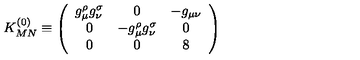
K _ { M N } ^ { ( 0 ) } \equiv \left( \begin{array} { c c c } { g _ { \mu } ^ { \rho } g _ { \nu } ^ { \sigma } } & { 0 } & { - g _ { \mu \nu } } \\ { 0 } & { - g _ { \mu } ^ { \rho } g _ { \nu } ^ { \sigma } } & { 0 } \\ { 0 } & { 0 } & { 8 } \\ \end{array} \right)